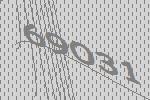
69031